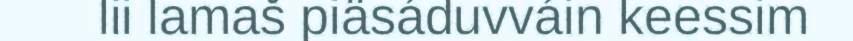
lii lamaš piäsáduvváin keessim